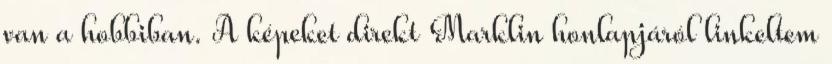
van a hobbiban. A képeket direkt Marklin honlapjáról linkeltem